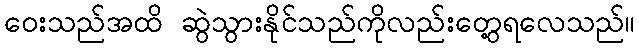
ဝေးသည်အထိ ဆွဲသွားနိုင်သည်ကိုလည်းတွေ့ရလေသည်။